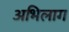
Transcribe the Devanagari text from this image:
अभिलाग